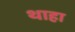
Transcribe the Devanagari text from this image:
थाहा